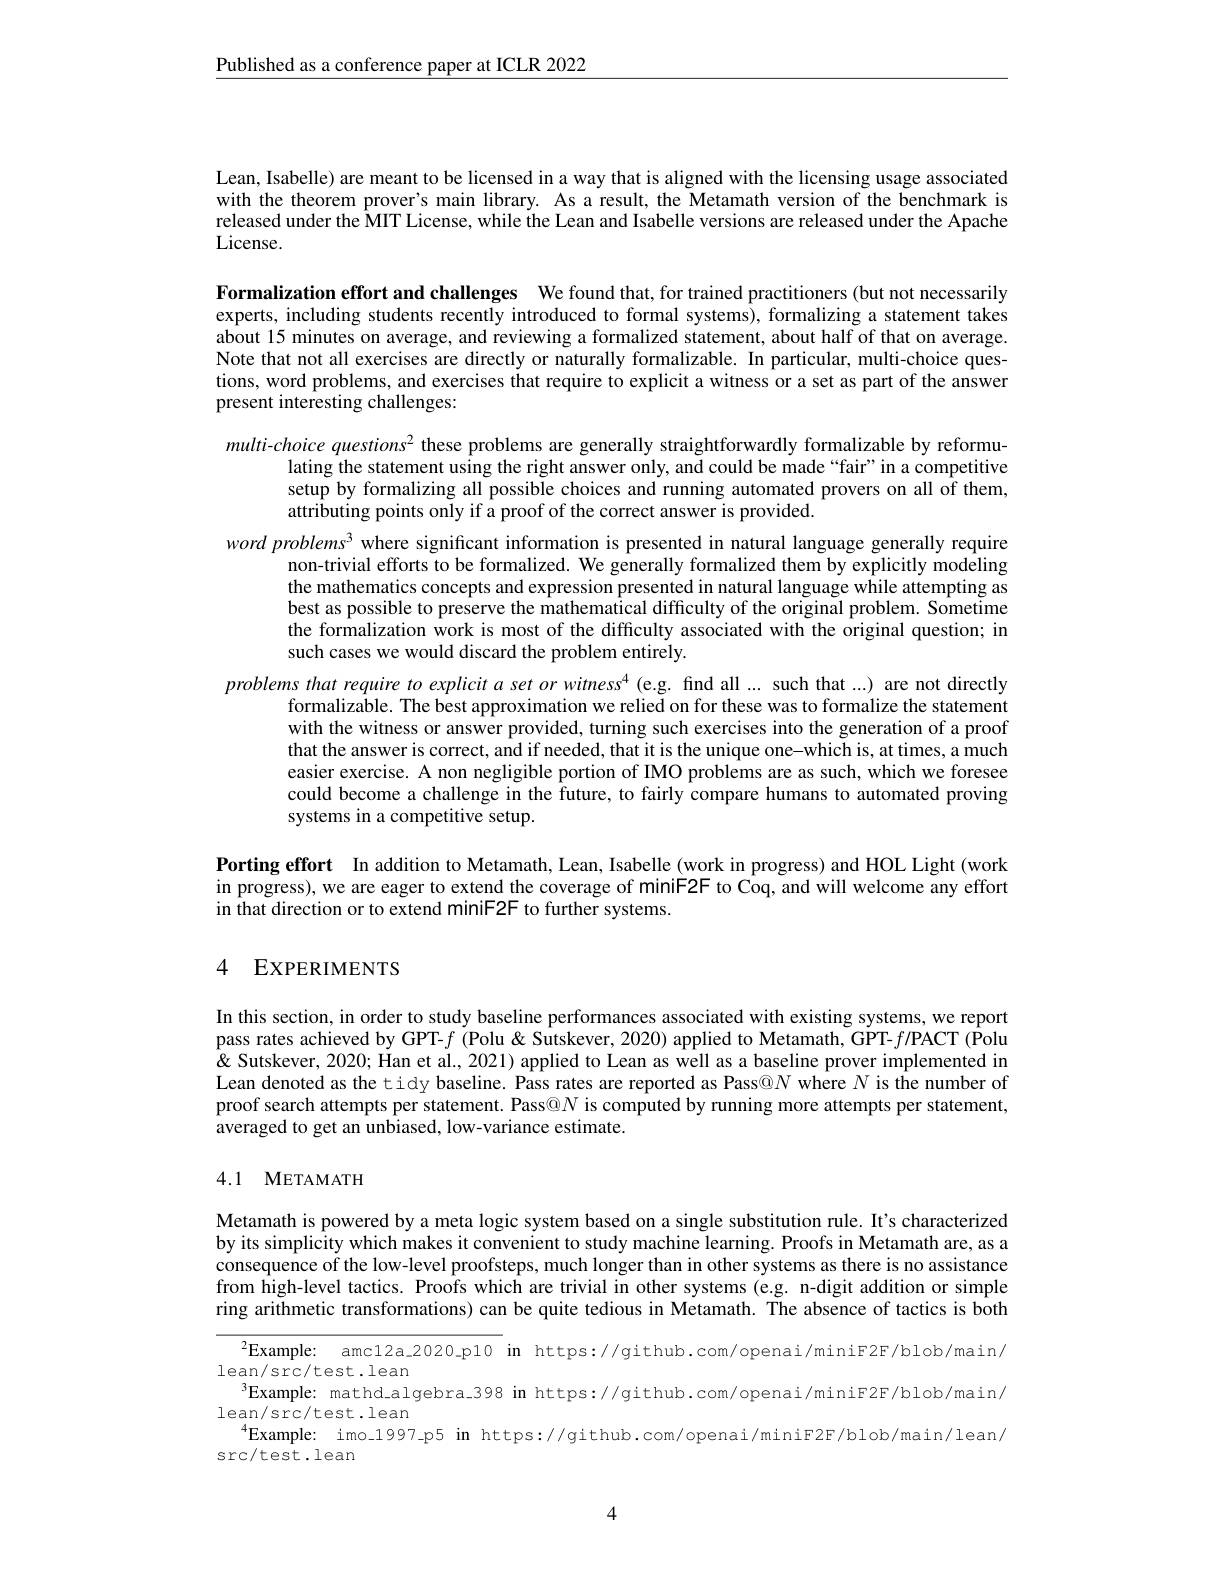
Published as a conference paper at ICLR 2022

Lean, Isabelle) are meant to be licensed in a way that is aligned with the licensing usage associated with the theorem prover's main library. As a result, the Metamath version of the benchmark is released under the $\hat{\text{MITLicense, while the Lean and Isabelle versions are released under the Apache}}$ License.

Formalization effort and challenges We found that, for trained practitioners (but not necessarily experts, including students recently introduced to formal systems), formalizing a statement takes about 15 minutes on average, and reviewing a formalized statement, about half of that on average. Note that not all exercises are directly or naturally formalizable. In particular, multi-choice questions, word problems, and exercises that require to explicit a witness or a set as part of the answer present interesting challenges:

multi-choice questions$^2$ these problems are generally straightforwardly formalizable by reformu-
lating the statement using the right answer only, and could be made “fair” in a competitive setup by formalizing all possible choices and running automated provers on all of them, attributing points only if a proof of the correct answer is provided.
word problems$^3$ where significant information is presented in natural language generally require
non-trivial efforts to be formalized. We generally formalized them by explicitly modeling the mathematics concepts and expression presented in natural language while attempting as best as possible to preserve the mathematical difficulty of the original problem. Sometime the formalization work is most of the difficulty associated with the original question; in such cases we would discard the problem entirely.
problems that require to explicit a set or witness$^4$ (e.g. find all ... such that ...) are not directly
formalizable. The best approximation we relied on for these was to formalize the statement with the witness or answer provided, turning such exercises into the generation of a proof that the answer is correct, and if needed, that it is the unique one-which is, at times, a much easier exercise. A non negligible portion of IMO problems are as such, which we foresee could become a challenge in the future, to fairly compare humans to automated proving systems in a competitive setup.

Porting effort In addition to Metamath, Lean, Isabelle (work in progress) and HOL Light (work in progress), we are eager to extend the coverage of miniF2F to Coq, and will welcome any effort in that direction or to extend miniF2F to further systems.

# 4 EXPERIMENTS

In this section, in order to study baseline performances associated with existing systems, we report pass rates achieved by GPT-$f$ (Polu &Sutskever, 2020) applied to Metamath, GPT-$f/$PACT (Polu & ' Q Sutskever, 2020; Han et al., 2021) applied to Lean as well as a baseline prover implemented in Lean denoted as the tidy baseline. Pass rates are reported as Pass@$N$ where $N$ is the number of proof search attempts per statement. Pass@$N$ is computed by running more attempts per statement, averaged to get an unbiased, low-variance estimate.

# 4.1 METAMATH

Metamath is powered by a meta logic system based on a single substitution rule. It's characterized by its simplicity which makes it convenient to study machine learning. Proofs in Metamath are, as a consequence of the low-level proofsteps, much longer than in other systems as there is no assistance from high-level tactics. Proofs which are trivial in other systems (e.g. n-digit addition or simple ring arithmetic transformations) can be quite tedious in Metamath. The absence of tactics is both

$^{2}$Example: amc12a\_2020\_p10 in https://github.com/openai/miniF2F/blob/main/
$\operatorname*{lean/src/test.lean}_{\mathrm{~}}$
$^{3}$Example: mathd\_algebra\_398 in https://github.com/openai/miniF2F/blob/main/
$\operatorname*{lean/src/test.lean}$
$^{4}$Example: imo\_1997-p5 in https://github.com/openai/miniF2F/blob/main/lean/
$\operatorname{src/test.lean}$

4